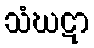
သံဃဋာ